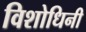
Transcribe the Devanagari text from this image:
विशोधिनी